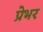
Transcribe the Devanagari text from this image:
प्रेभर